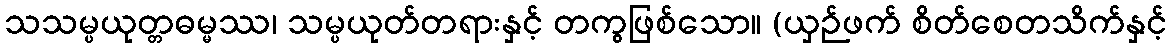
သသမ္ပယုတ္တဓမ္မဿ၊ သမ္ပယုတ်တရားနှင့် တကွဖြစ်သော။ (ယှဉ်ဖက် စိတ်စေတသိက်နှင့်